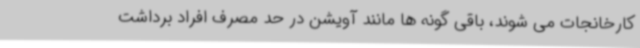
کارخانجات می شوند، باقی گونه ها مانند آویشن در حد مصرف افراد برداشت